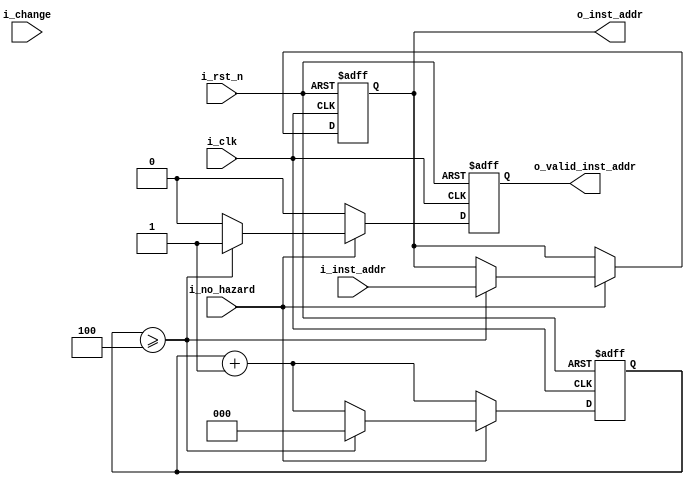
module pc #(
    parameter INST_W = 32,
    parameter ADDR_W = 64
)(
    input                       i_clk,
    input                       i_rst_n,
    input                       i_change,
    input                       i_no_hazard,
    input       [ADDR_W-1:0]    i_inst_addr,
    output reg  [ADDR_W-1:0]    o_inst_addr,
    output reg                  o_valid_inst_addr
);

    reg [2:0] clk_cnt;
    

    always @(posedge i_clk or negedge i_rst_n) begin
        if(~i_rst_n) begin
            o_inst_addr <= 64'b0;
            o_valid_inst_addr <= 1'b1;
            clk_cnt <= 0;
        end else begin
            if(i_no_hazard != 0) begin
                if(clk_cnt >= 4) begin  // if clk_cnt == 4
                    o_inst_addr <= i_inst_addr;
                    o_valid_inst_addr <= 1'b1;
                    clk_cnt = 0;
                end else begin
                    o_inst_addr <= o_inst_addr;
                    o_valid_inst_addr <= 1'b0;
                    clk_cnt ++;
                end
            end else begin
                o_inst_addr <= o_inst_addr;
                o_valid_inst_addr <= 1'b0;
                clk_cnt ++;
            end
        end
    end


endmodule